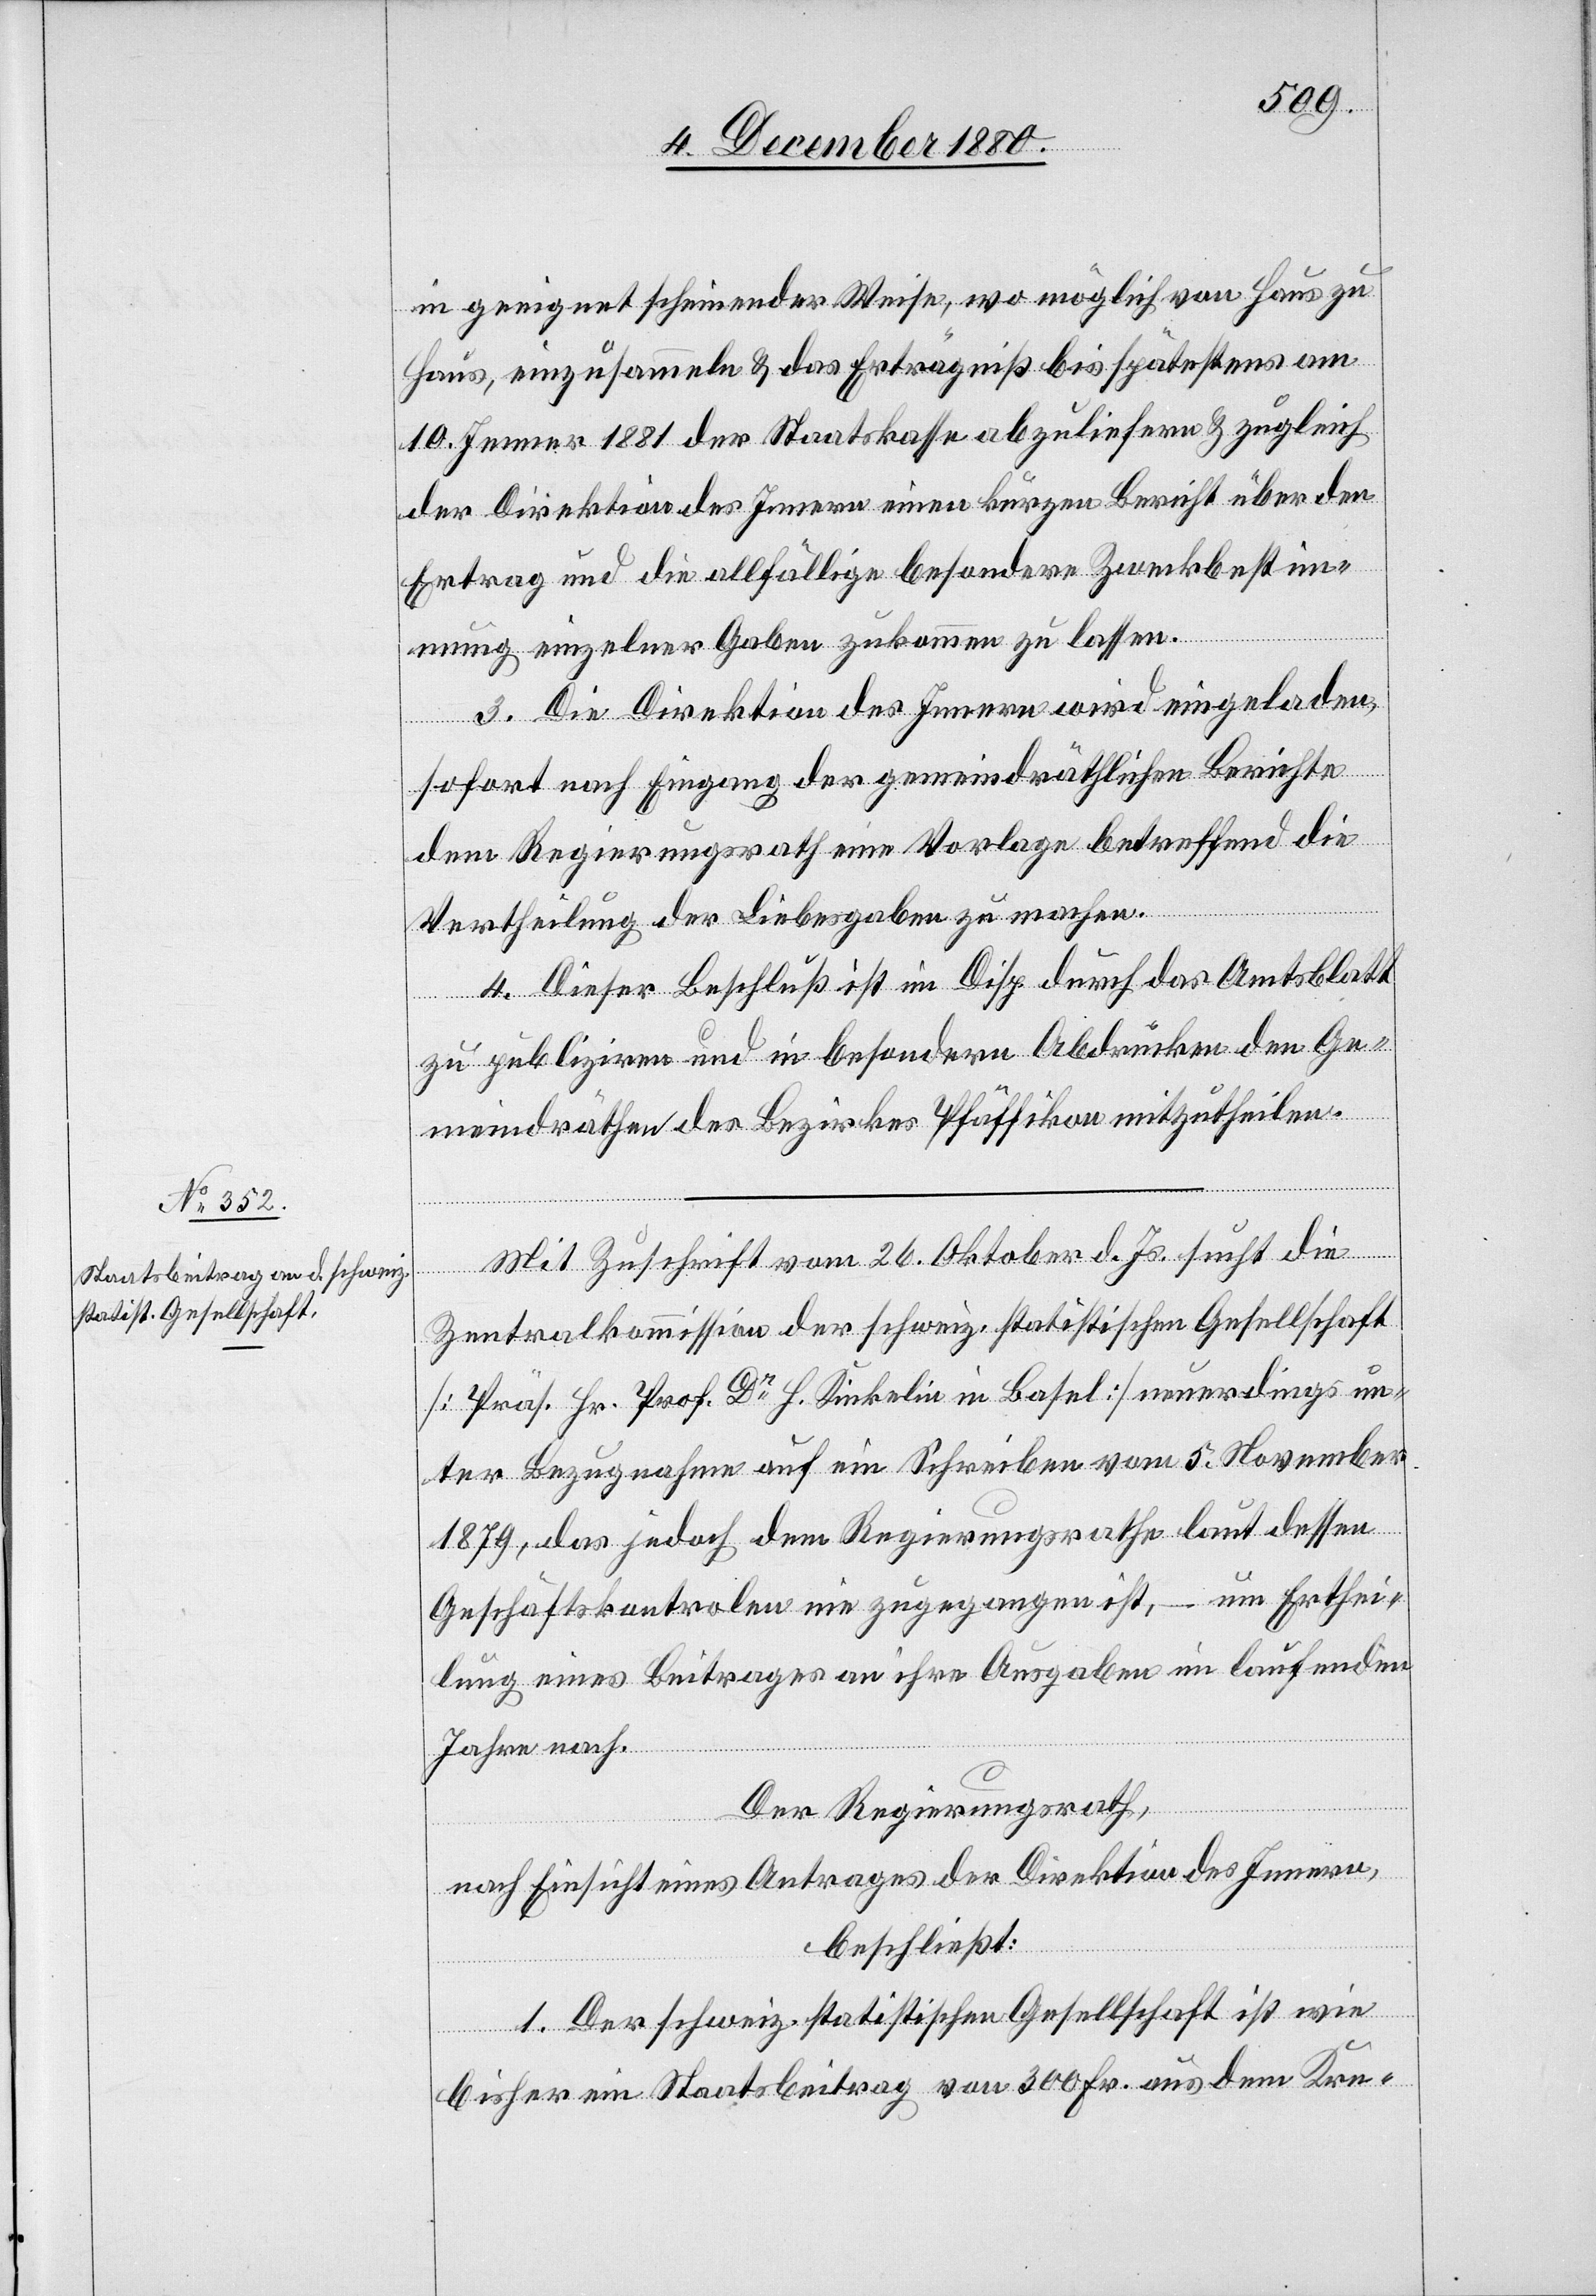
in geeignet scheinender Weise, wo möglich von Haus zu
Haus, einzusammeln & das Erträgniß bis spätestens am
10. Jenner 1881 der Staatskasse abzuliefern & zugleich
der Direktion des Innern einen kurzen Bericht über den
Ertrag und die allfällige besondere Zweckbestim¬
mung einzelner Gaben zukommen zu lassen.
3. Die Direktion des Innern wird eingeladen,
sofort nach Eingang der gemeindräthlichen Berichte
dem Regierungsrath eine Vorlage betreffend die
Vertheilung der Liebesgaben zu machen.
4. Dieser Beschluß ist im Disp. durch das Amtsblatt
zu publiziren und in besondern Abdrücken den Ge¬
meindräthen des Bezirkes Pfäffikon mitzutheilen.
Mit Zuschrift vom 26. Oktober d. Js. sucht die
Zentralkommission der schweiz. statistischen Gesellschaft
[Präs. Hr. Prof. Dr H. Kinkelin in Basel] neuerdings un¬
ter Bezugnahme auf ein Schreiben vom 5. November
1879, das jedoch dem Regierungsrathe laut dessen
Geschäftskontrolen nie zugegangen ist, – um Erthei¬
lung eines Beitrages an ihre Ausgaben im laufenden
Jahre nach.
Der Regierungsrath,
nach Einsicht eines Antrages der Direktion des Innern,
beschließt:
1. Der schweiz. statistischen Gesellschaft ist wie
bisher ein Staatsbeitrag von 300 Fr. aus dem Kre-